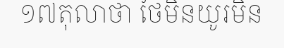
១៧តុលាថា ថៃមិនយូរមិន